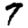
Digit: 7